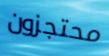
محتجزون